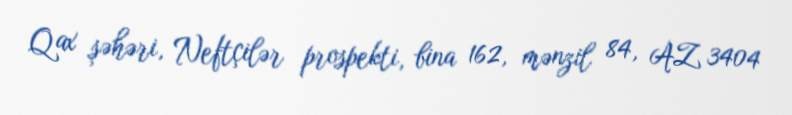
Qax şəhəri, Neftçilər prospekti, bina 162, mənzil 84, AZ 3404